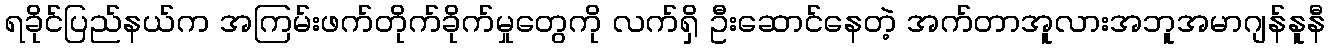
ရခိုင်ပြည်နယ်က အကြမ်းဖက်တိုက်ခိုက်မှုတွေကို လက်ရှိ ဦးဆောင်နေတဲ့ အက်တာအူလားအဘူအမာဂျန်နူနီ